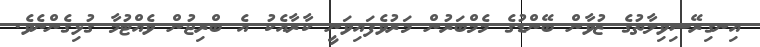
އިނގިރޭސިވިލާތުގެ ޒުވާން ބޭންޑުގެ މެމްބަރުން މަރުވެފައިވަނީ ކާރާއެކު އެ ބްރިޖުން ވެއްޓުމާ ގުޅިގެންނެވެ.